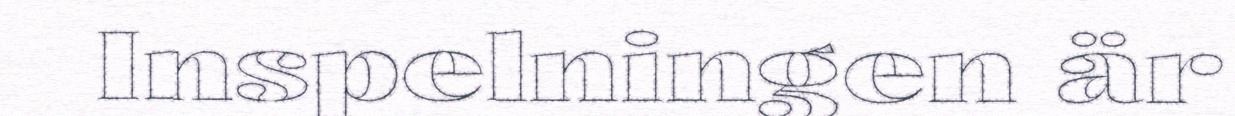
Inspelningen är